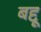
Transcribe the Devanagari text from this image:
बद्दू